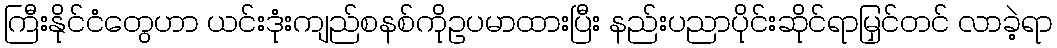
ကြီးနိုင်ငံတွေဟာ ယင်းဒုံးကျည်စနစ်ကိုဥပမာထားပြီး နည်းပညာပိုင်းဆိုင်ရာမြှင်တင် လာခဲ့ရာ